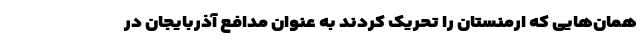
همان‌هایی که ارمنستان را تحریک کردند به عنوان مدافع آذربایجان در